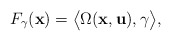
\begin{align*}F_\gamma(\mathbf{x})=\big\langle \Omega(\mathbf{x}, \mathbf{u}) ,\gamma\big\rangle,\end{align*}